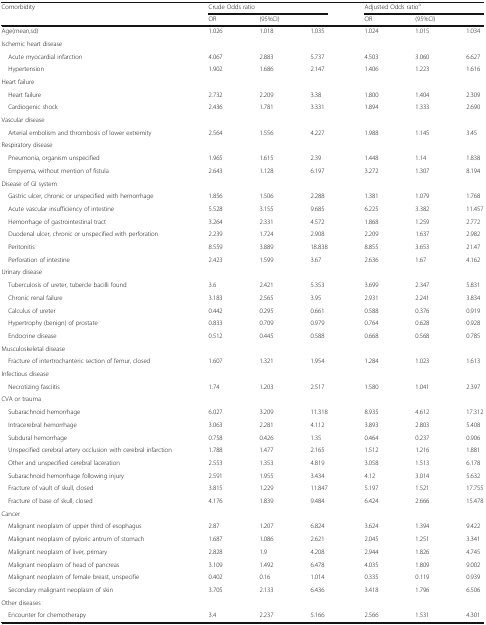
<table><thead><tr><td rowspan="2"><b>Comorbidity</b></td><td colspan="3"><b>Crude Odds ratio</b></td><td colspan="3"><b>Adjusted Odds ratio<sup>a</sup></b></td></tr><tr><td><b>OR</b></td><td colspan="2"><b>(95%CI)</b></td><td><b>OR</b></td><td colspan="2"><b>(95%CI)</b></td></tr></thead><tbody><tr><td>Age(mean,sd)</td><td>1.026</td><td>1.018</td><td>1.035</td><td>1.024</td><td>1.015</td><td>1.034</td></tr><tr><td colspan="7">Ischemic heart disease</td></tr><tr><td> Acute myocardial infarction</td><td>4.067</td><td>2.883</td><td>5.737</td><td>4.503</td><td>3.060</td><td>6.627</td></tr><tr><td> Hypertension</td><td>1.902</td><td>1.686</td><td>2.147</td><td>1.406</td><td>1.223</td><td>1.616</td></tr><tr><td colspan="7">Heart failure</td></tr><tr><td> Heart failure</td><td>2.732</td><td>2.209</td><td>3.38</td><td>1.800</td><td>1.404</td><td>2.309</td></tr><tr><td> Cardiogenic shock</td><td>2.436</td><td>1.781</td><td>3.331</td><td>1.894</td><td>1.333</td><td>2.690</td></tr><tr><td colspan="7">Vascular disease</td></tr><tr><td> Arterial embolism and thrombosis of lower extremity</td><td>2.564</td><td>1.556</td><td>4.227</td><td>1.988</td><td>1.145</td><td>3.45</td></tr><tr><td colspan="7">Respiratory disease</td></tr><tr><td> Pneumonia, organism unspecified</td><td>1.965</td><td>1.615</td><td>2.39</td><td>1.448</td><td>1.14</td><td>1.838</td></tr><tr><td> Empyema, without mention of fistula</td><td>2.643</td><td>1.128</td><td>6.197</td><td>3.272</td><td>1.307</td><td>8.194</td></tr><tr><td colspan="7">Disease of GI system</td></tr><tr><td> Gastric ulcer, chronic or unspecified with hemorrhage</td><td>1.856</td><td>1.506</td><td>2.288</td><td>1.381</td><td>1.079</td><td>1.768</td></tr><tr><td> Acute vascular insufficiency of intestine</td><td>5.528</td><td>3.155</td><td>9.685</td><td>6.225</td><td>3.382</td><td>11.457</td></tr><tr><td> Hemorrhage of gastrointestinal tract</td><td>3.264</td><td>2.331</td><td>4.572</td><td>1.868</td><td>1.259</td><td>2.772</td></tr><tr><td> Duodenal ulcer, chronic or unspecified with perforation</td><td>2.239</td><td>1.724</td><td>2.908</td><td>2.209</td><td>1.637</td><td>2.982</td></tr><tr><td> Peritonitis</td><td>8.559</td><td>3.889</td><td>18.838</td><td>8.855</td><td>3.653</td><td>21.47</td></tr><tr><td> Perforation of intestine</td><td>2.423</td><td>1.599</td><td>3.67</td><td>2.636</td><td>1.67</td><td>4.162</td></tr><tr><td colspan="7">Urinary disease</td></tr><tr><td> Tuberculosis of ureter, tubercle bacilli found</td><td>3.6</td><td>2.421</td><td>5.353</td><td>3.699</td><td>2.347</td><td>5.831</td></tr><tr><td> Chronic renal failure</td><td>3.183</td><td>2.565</td><td>3.95</td><td>2.931</td><td>2.241</td><td>3.834</td></tr><tr><td> Calculus of ureter</td><td>0.442</td><td>0.295</td><td>0.661</td><td>0.588</td><td>0.376</td><td>0.919</td></tr><tr><td> Hypertrophy (benign) of prostate</td><td>0.833</td><td>0.709</td><td>0.979</td><td>0.764</td><td>0.628</td><td>0.928</td></tr><tr><td> Endocrine disease</td><td>0.512</td><td>0.445</td><td>0.588</td><td>0.668</td><td>0.568</td><td>0.785</td></tr><tr><td colspan="7">Musculoskeletal disease</td></tr><tr><td> Fracture of intertrochanteric section of femur, closed</td><td>1.607</td><td>1.321</td><td>1.954</td><td>1.284</td><td>1.023</td><td>1.613</td></tr><tr><td colspan="7">Infectious disease</td></tr><tr><td> Necrotizing fasciitis</td><td>1.74</td><td>1.203</td><td>2.517</td><td>1.580</td><td>1.041</td><td>2.397</td></tr><tr><td colspan="7">CVA or trauma</td></tr><tr><td> Subarachnoid hemorrhage</td><td>6.027</td><td>3.209</td><td>11.318</td><td>8.935</td><td>4.612</td><td>17.312</td></tr><tr><td> Intracerebral hemorrhage</td><td>3.063</td><td>2.281</td><td>4.112</td><td>3.893</td><td>2.803</td><td>5.408</td></tr><tr><td> Subdural hemorrhage</td><td>0.758</td><td>0.426</td><td>1.35</td><td>0.464</td><td>0.237</td><td>0.906</td></tr><tr><td> Unspecified cerebral artery occlusion with cerebral infarction</td><td>1.788</td><td>1.477</td><td>2.165</td><td>1.512</td><td>1.216</td><td>1.881</td></tr><tr><td> Other and unspecified cerebral laceration</td><td>2.553</td><td>1.353</td><td>4.819</td><td>3.058</td><td>1.513</td><td>6.178</td></tr><tr><td> Subarachnoid hemorrhage following injury</td><td>2.591</td><td>1.955</td><td>3.434</td><td>4.12</td><td>3.014</td><td>5.632</td></tr><tr><td> Fracture of vault of skull, closed</td><td>3.815</td><td>1.229</td><td>11.847</td><td>5.197</td><td>1.521</td><td>17.755</td></tr><tr><td> Fracture of base of skull, closed</td><td>4.176</td><td>1.839</td><td>9.484</td><td>6.424</td><td>2.666</td><td>15.478</td></tr><tr><td colspan="7">Cancer</td></tr><tr><td> Malignant neoplasm of upper third of esophagus</td><td>2.87</td><td>1.207</td><td>6.824</td><td>3.624</td><td>1.394</td><td>9.422</td></tr><tr><td> Malignant neoplasm of pyloric antrum of stomach</td><td>1.687</td><td>1.086</td><td>2.621</td><td>2.045</td><td>1.251</td><td>3.341</td></tr><tr><td> Malignant neoplasm of liver, primary</td><td>2.828</td><td>1.9</td><td>4.208</td><td>2.944</td><td>1.826</td><td>4.745</td></tr><tr><td> Malignant neoplasm of head of pancreas</td><td>3.109</td><td>1.492</td><td>6.478</td><td>4.035</td><td>1.809</td><td>9.002</td></tr><tr><td> Malignant neoplasm of female breast, unspecifie</td><td>0.402</td><td>0.16</td><td>1.014</td><td>0.335</td><td>0.119</td><td>0.939</td></tr><tr><td> Secondary malignant neoplasm of skin</td><td>3.705</td><td>2.133</td><td>6.436</td><td>3.418</td><td>1.796</td><td>6.506</td></tr><tr><td colspan="7">Other diseases</td></tr><tr><td> Encounter for chemotherapy</td><td>3.4</td><td>2.237</td><td>5.166</td><td>2.566</td><td>1.531</td><td>4.301</td></tr></tbody></table>